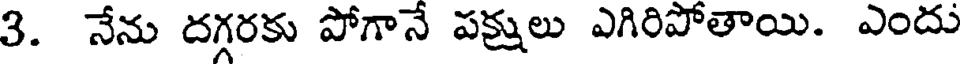
3. నేను దగ్గరకు పోగానే పక్షులు ఎగిరిపోతాయి. ఎందు